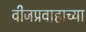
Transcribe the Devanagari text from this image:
वीजप्रवाहाच्या